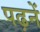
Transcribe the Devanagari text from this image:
पढ़नें